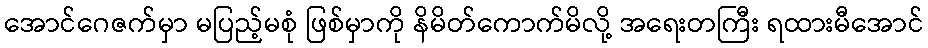
အောင်ဂေဇက်မှာ မပြည့်မစုံ ဖြစ်မှာကို နိမိတ်ကောက်မိလို့ အရေးတကြီး ရထားမီအောင်